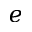
e